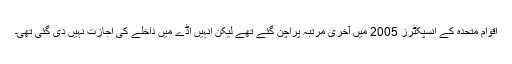
اقوامِ متحدہ کے انسپکٹرز 2005 میں آخری مرتبہ پراچن گئے تھے لیکن انہیں اڈے میں داخلے کی اجازت نہیں دی گئی تھی۔